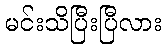
မင်းသိပြီးပြီလား